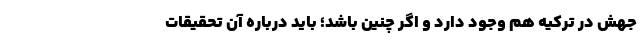
جهش در ترکیه هم وجود دارد و اگر چنین باشد؛ باید درباره آن تحقیقات